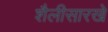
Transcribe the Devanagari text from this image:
शैलीसारखे